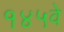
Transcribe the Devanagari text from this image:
१४५वे